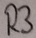
Text: R3